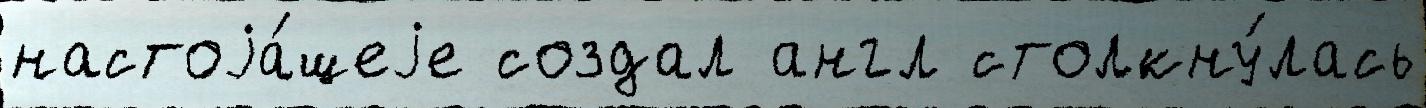
настоjа́щеjе создал англ столкну́лась